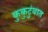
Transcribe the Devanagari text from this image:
कुकुटुंबात